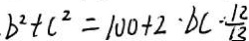
b ^ { 2 } + c ^ { 2 } = 1 0 0 + 2 \cdot b c \cdot \frac { 1 2 } { 1 3 }